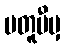
မတူပီမှ